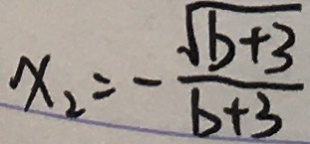
x _ { 2 } = - \frac { \sqrt { b + 3 } } { b + 3 }